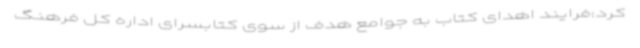
کرد:فرایند اهدای کتاب به جوامع هدف از سوی کتابسرای اداره کل فرهنگ